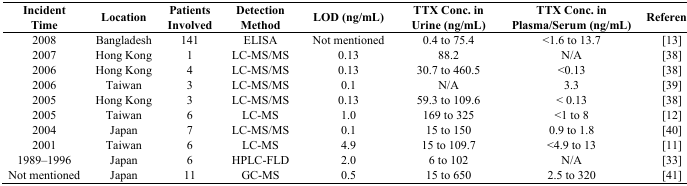
<table><thead><tr><td><b>Incident Time</b></td><td><b>Location</b></td><td><b>Patients Involved</b></td><td><b>Detection Method</b></td><td><b>LOD (ng/mL)</b></td><td><b>TTX Conc. in Urine (ng/mL)</b></td><td><b>TTX Conc. in Plasma/Serum (ng/mL)</b></td><td><b>Reference</b></td></tr></thead><tbody><tr><td>2008</td><td>Bangladesh</td><td>141</td><td>ELISA</td><td>Not mentioned</td><td>0.4 to 75.4</td><td>&lt;1.6 to 13.7</td><td>[13]</td></tr><tr><td>2007</td><td>Hong Kong</td><td>1</td><td>LC-MS/MS</td><td>0.13</td><td>88.2</td><td>N/A</td><td>[38]</td></tr><tr><td>2006</td><td>Hong Kong</td><td>4</td><td>LC-MS/MS</td><td>0.13</td><td>30.7 to 460.5</td><td>&lt;0.13</td><td>[38]</td></tr><tr><td>2006</td><td>Taiwan</td><td>3</td><td>LC-MS/MS</td><td>0.1</td><td>N/A</td><td>3.3</td><td>[39]</td></tr><tr><td>2005</td><td>Hong Kong</td><td>3</td><td>LC-MS/MS</td><td>0.13</td><td>59.3 to 109.6</td><td>&lt; 0.13</td><td>[38]</td></tr><tr><td>2005</td><td>Taiwan</td><td>6</td><td>LC-MS</td><td>1.0</td><td>169 to 325</td><td>&lt;1 to 8</td><td>[12]</td></tr><tr><td>2004</td><td>Japan</td><td>7</td><td>LC-MS/MS</td><td>0.1</td><td>15 to 150</td><td>0.9 to 1.8</td><td>[40]</td></tr><tr><td>2001</td><td>Taiwan</td><td>6</td><td>LC-MS</td><td>4.9</td><td>15 to 109.7</td><td>&lt;4.9 to 13</td><td>[11]</td></tr><tr><td>1989–1996</td><td>Japan</td><td>6</td><td>HPLC-FLD</td><td>2.0</td><td>6 to 102</td><td>N/A</td><td>[33]</td></tr><tr><td>Not mentioned</td><td>Japan</td><td>11</td><td>GC-MS</td><td>0.5</td><td>15 to 650</td><td>2.5 to 320</td><td>[41]</td></tr></tbody></table>